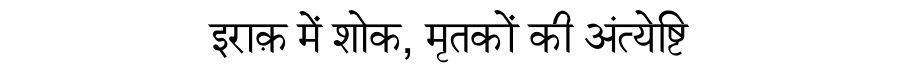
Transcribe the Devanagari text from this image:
इराक़ में शोक, मृतकों की अंत्येष्टि